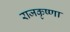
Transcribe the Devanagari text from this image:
राजकृष्णा